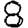
Digit: 8